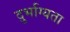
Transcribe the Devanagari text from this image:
दुर्भाग्यता